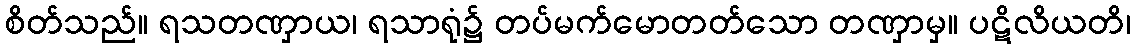
စိတ်သည်။ ရသတဏှာယ၊ ရသာရုံ၌ တပ်မက်မောတတ်သော တဏှာမှ။ ပဋိလိယတိ၊